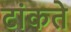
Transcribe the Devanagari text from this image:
टांकते